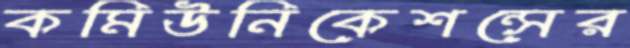
কমিউনিকেশন্সের